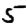
Digit: 5